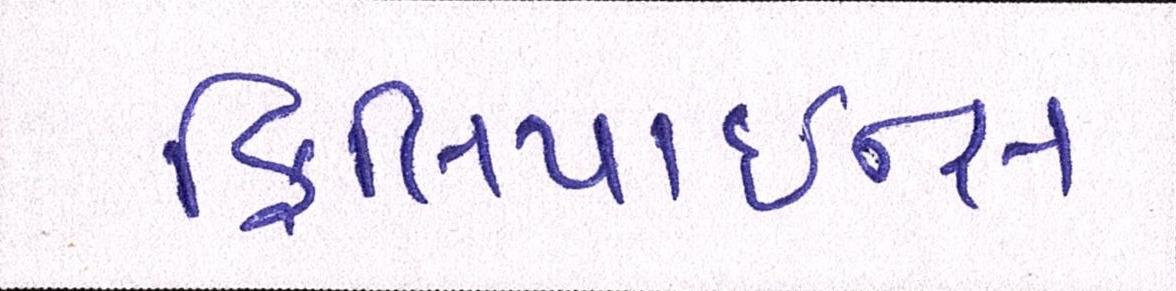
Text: ફિલિપાઇન્સ